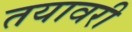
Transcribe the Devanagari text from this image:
तयावरी